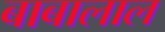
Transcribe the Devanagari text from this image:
बाबालाल